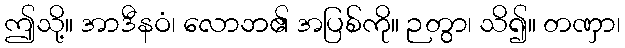
ဤသို့။ အာဒီနဝံ၊ လောဘ၏ အပြစ်ကို။ ဉတွာ၊ သိ၍။ တဏှာ၊